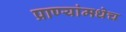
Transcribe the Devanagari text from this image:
प्राण्यांमधेच